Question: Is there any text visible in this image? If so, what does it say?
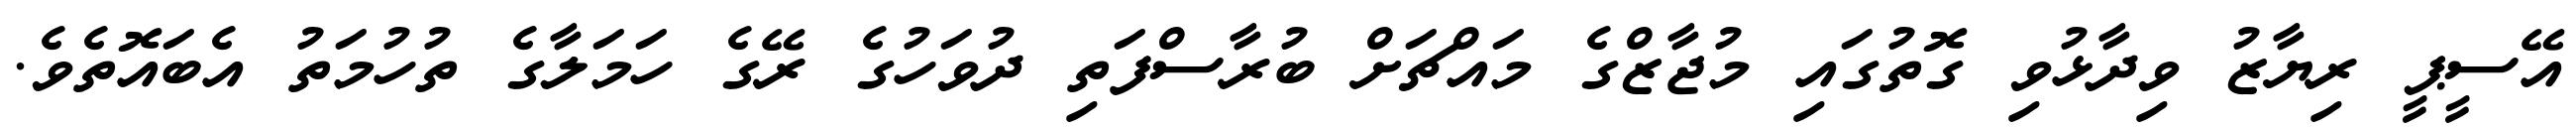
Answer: އޭސީޕީ ރިޔާޒު ވިދާޅުވި ގޮތުގައި މުޖާޒްގެ މައްޗަށް ބުރާސްފަތި ދުވަހުގެ ރޭގެ ހަމަލާގެ ތުހުމަތު އެބައޮތެވެ.